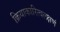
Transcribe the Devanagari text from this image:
क्रियाकारित्वलक्षणं